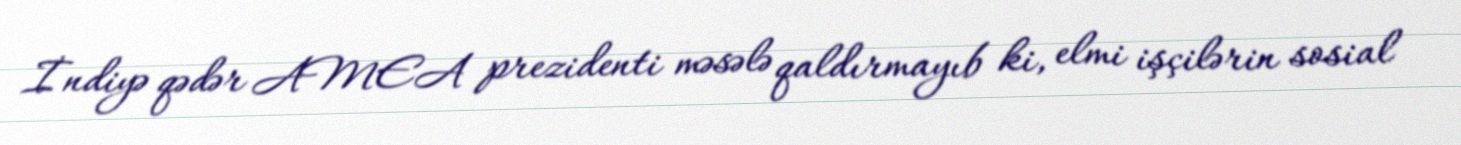
İndiyə qədər AMEA prezidenti məsələ qaldırmayıb ki, elmi işçilərin sosial